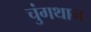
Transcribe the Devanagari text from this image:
चुंगथान